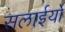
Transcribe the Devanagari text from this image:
सलाईयों